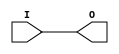
// $Header: /devl/xcs/repo/env/Databases/CAEInterfaces/verunilibs/data/unisims/IBUFG_HSTL_I_DCI_18.v,v 1.5.158.1 2007/03/09 18:13:05 patrickp Exp $
///////////////////////////////////////////////////////////////////////////////
// Copyright (c) 1995/2004 Xilinx, Inc.
// All Right Reserved.
///////////////////////////////////////////////////////////////////////////////
//   ____  ____
//  /   /\/   /
// /___/  \  /    Vendor : Xilinx
// \   \   \/     Version : 8.1i (I.13)
//  \   \         Description : Xilinx Functional Simulation Library Component
//  /   /                  Input Clock Buffer with HSTL_I_DCI_18 I/O Standard
// /___/   /\     Filename : IBUFG_HSTL_I_DCI_18.v
// \   \  /  \    Timestamp : Thu Mar 25 16:42:28 PST 2004
//  \___\/\___\
//
// Revision:
//    03/23/04 - Initial version.
// End Revision

`timescale  100 ps / 10 ps


module IBUFG_HSTL_I_DCI_18 (O, I);

    output O;

    input  I;

	buf B1 (O, I);


endmodule